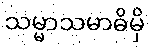
သမ္မာသမာဓိမှိ